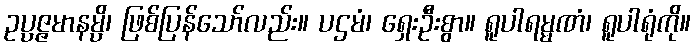
ဥပ္ပဇ္ဇမာနမ္ပိ၊ ဖြစ်ပြန်သော်လည်း။ ပဌမံ၊ ရှေးဦးစွာ။ ရူပါရမ္မဏံ၊ ရူပါရုံကို။